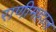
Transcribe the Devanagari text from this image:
राणीमहाल